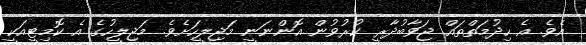
އެވެ. އެ ހިދުމަތްތައް ޖަވާބުދާރީ ކުރުވުން އޮންނަނީ މަޖިލީހަށެވެ. މަޖިލީހުގެ އެ ކޮމިޓީއަކީ